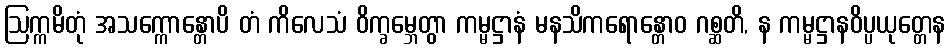
ဩက္ကမိတုံ အသက္ကောန္တောပိ တံ ကိလေသံ ဝိက္ခမ္ဘေတွာ ကမ္မဋ္ဌာနံ မနသိကရောန္တောဝ ဂစ္ဆတိ, န ကမ္မဋ္ဌာနဝိပ္ပယုတ္တေန